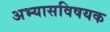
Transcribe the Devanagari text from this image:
अभ्यासविषयक